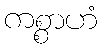
ကစ္စာဟံ